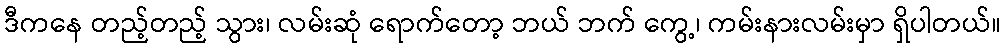
ဒီကနေ တည့်တည့် သွား၊ လမ်းဆုံ ရောက်တော့ ဘယ် ဘက် ကွေ့၊ ကမ်းနားလမ်းမှာ ရှိပါတယ်။